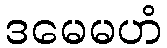
ဒမေမဟံ